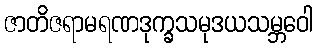
ဇာတိဇရာမရဏဒုက္ခသမုဒယသမ္ဘဝေါ